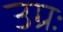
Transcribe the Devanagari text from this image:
उग्रः